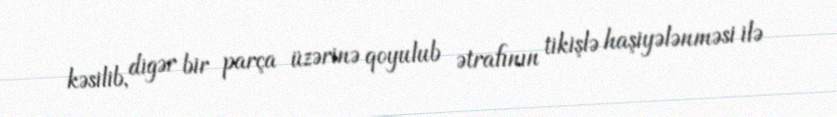
kəsilib, digər bir parça üzərinə qoyulub ətrafının tikişlə haşiyələnməsi ilə